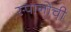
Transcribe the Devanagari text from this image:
स्पानोची